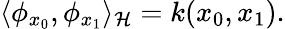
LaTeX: \langle\phi_{x_{0}},\phi_{x_{1}}\rangle_{\mathcal{H}}=k(x_{0},x_{1}).